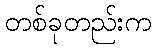
တစ်ခုတည်းက